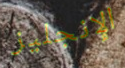
الإنجليز